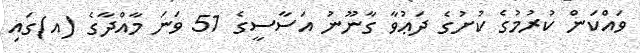
ވައްކަން ކުރުމުގެ ކުށުގެ ދަޢުވާ ގާނޫނު އަސާސީގެ 51 ވަނަ މާއްދާގެ (އ)ގައި